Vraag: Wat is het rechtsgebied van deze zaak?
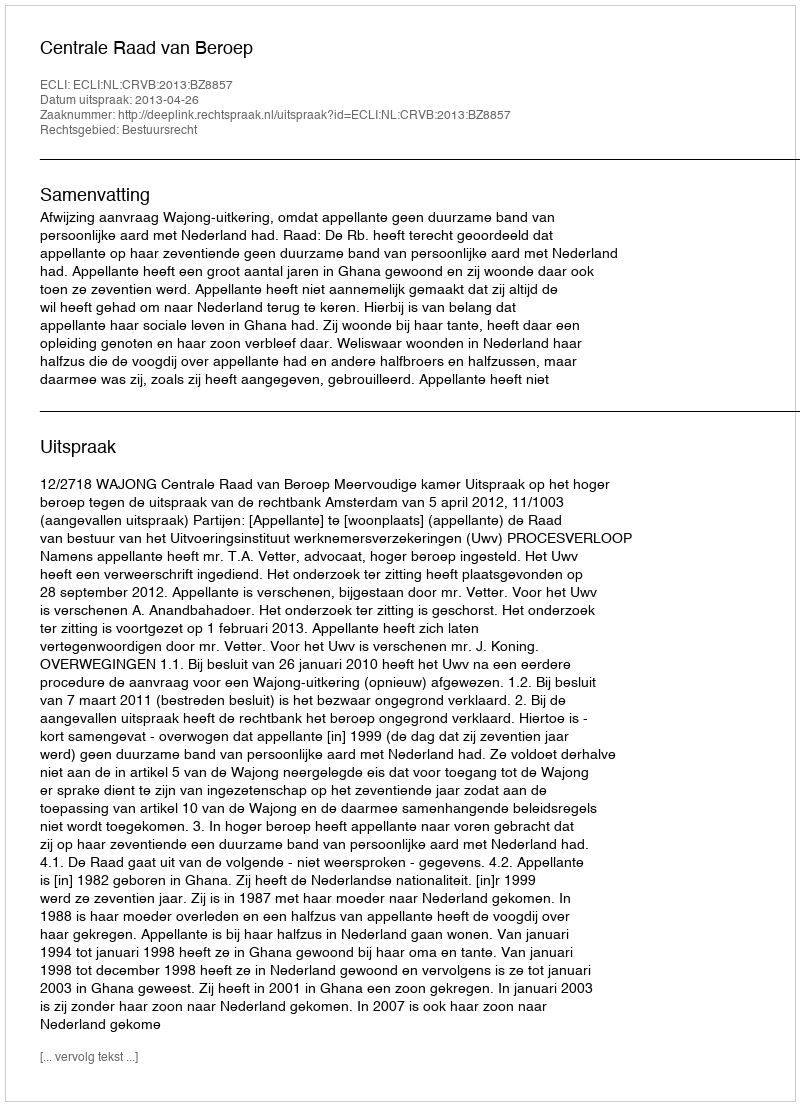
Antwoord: Bestuursrecht